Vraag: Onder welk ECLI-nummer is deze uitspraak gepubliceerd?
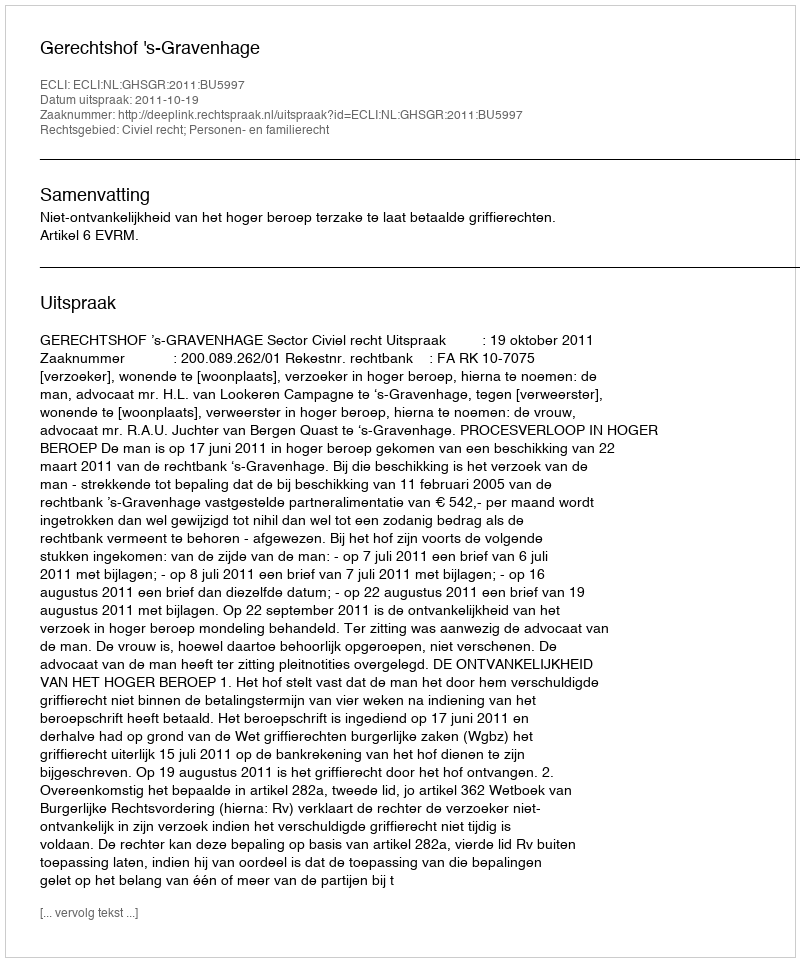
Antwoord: ECLI:NL:GHSGR:2011:BU5997